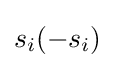
s_{i}(-s_{i})